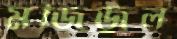
মজিজুল